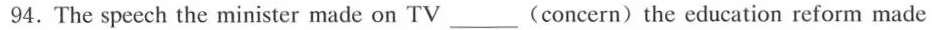
94.The speech the minister made on TV_(concern) the education reform made